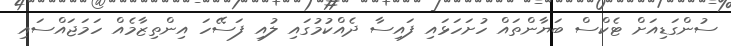
ސުންގަޑިއަށް ޓެކްސް ބަޔާންތައް ހުށަހަޅައި ފައިސާ ދެއްކުމުގައި ލުއި ފަސޭހަ އިންތިޒާމެއް ހަމަޖައްސައި